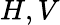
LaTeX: H,V